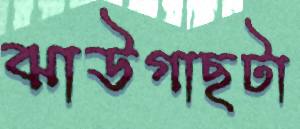
ঝাউগাছটা